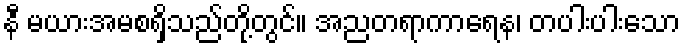
နီ မယားအမစရှိသည်တို့တွင်။ အညတရာကာရေန၊ တပါးပါးသော